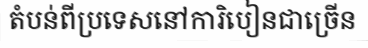
តំបន់ពីប្រទេសនៅការិបៀនជាច្រើន